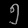
Digit: ၅